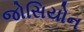
જોસિયોન